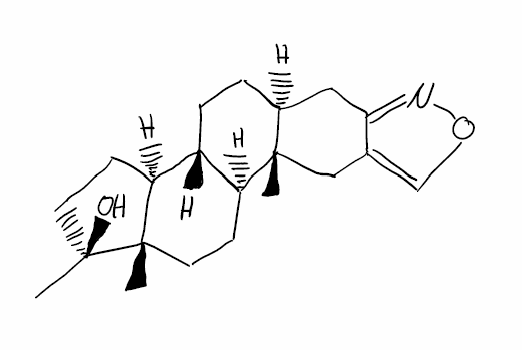
Simplified molecular-input line-entry system (SMILES) notation of the given molecule:
C[C@]12CC[C@H]3[C@H]([C@@H]1CC[C@]2(C)O)CC[C@@H]4[C@@]3(CC5=CON=C5C4)C